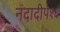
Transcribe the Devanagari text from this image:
नंदादीप१६